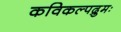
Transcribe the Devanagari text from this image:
कविकल्पद्रुमः